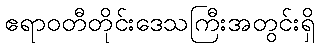
ဧရာဝတီတိုင်းဒေသကြီးအတွင်းရှိ